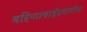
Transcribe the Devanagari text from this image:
बहिणाबाईप्रमाणेच